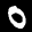
Label: 0